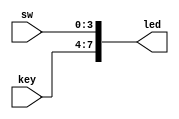
//2020.9.17 LED
//https://www.stepfpga.com/doc/altera_1led

// Module Function:LED
module LED (key,sw,led);
 
	input [3:0] key;						//
	input [3:0] sw;							//
	output [7:0] led;						//LED
 
	assign led = {key,sw};                                          //assignkeysw8led
 
endmodule